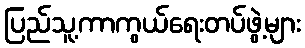
ပြည်သူ့ကာကွယ်ရေးတပ်ဖွဲ့များ